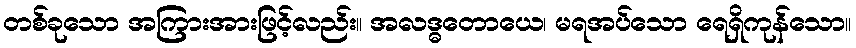
တစ်ခုသော အကြားအားဖြင့်လည်း။ အလဒ္ဓတောယေ၊ မရအပ်သော ရေရှိကုန်သော။